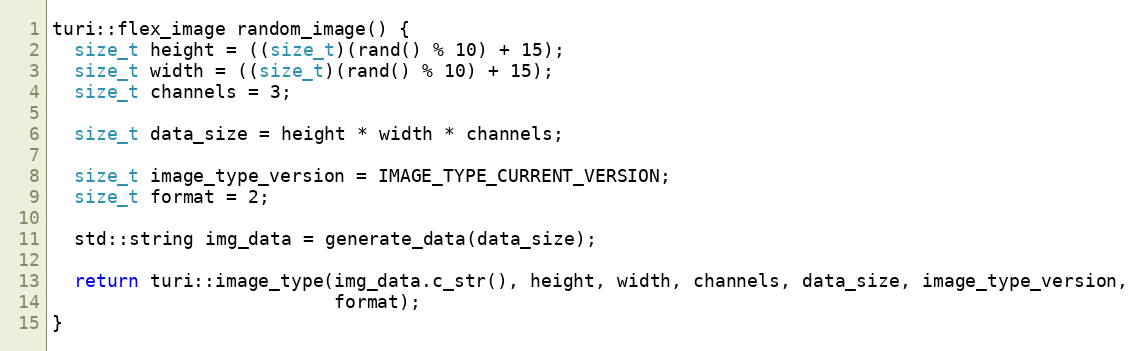
Language: C++
turi::flex_image random_image() {
  size_t height = ((size_t)(rand() % 10) + 15);
  size_t width = ((size_t)(rand() % 10) + 15);
  size_t channels = 3;

  size_t data_size = height * width * channels;

  size_t image_type_version = IMAGE_TYPE_CURRENT_VERSION;
  size_t format = 2;

  std::string img_data = generate_data(data_size);

  return turi::image_type(img_data.c_str(), height, width, channels, data_size, image_type_version,
                          format);
}